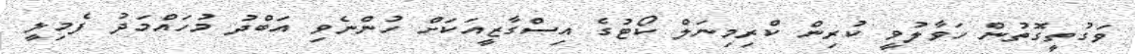
ވަގުތީގޮތުން ހަވާލުވީ ކުރިން ކްރިމިނަލް ކޯޓުގެ އިސްގާޒީއަކަށް ހުންނެވި އަބްދު މުހައްމަދު ފެމިލީ